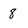
Character: 8